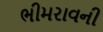
ભીમરાવની